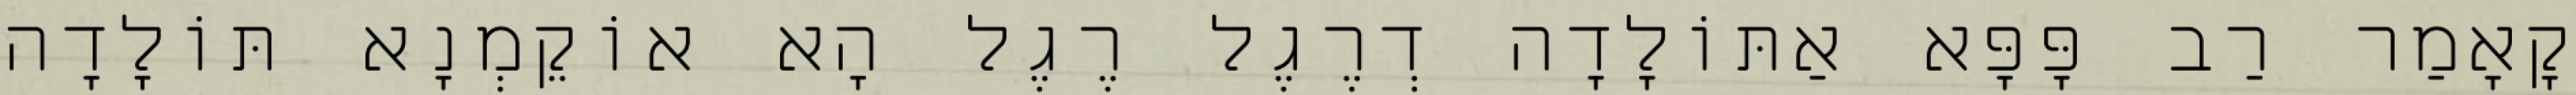
קָאָמַר רַב פָּפָּא אַתּוֹלָדָה דְרֶגֶל רֶגֶל הָא אוֹקֵמְנָא תּוֹלָדָה